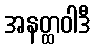
အနတ္ထဝါဒီ